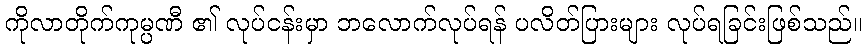
ကိုလာတိုက်ကုမ္ပဏီ ၏ လုပ်ငန်းမှာ ဘလောက်လုပ်ရန် ပလိတ်ပြားများ လုပ်ရခြင်းဖြစ်သည်။